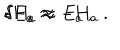
{ \delta } H _ { a } \approx E _ { a } \hspace { 1 c m } { \delta } E _ { a } \approx - H _ { a } \ .